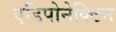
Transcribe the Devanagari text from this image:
एडिपोनेक्टिन